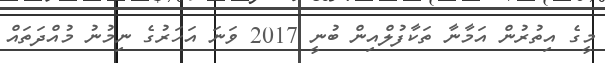
މީގެ އިތުރުން އަމާނާ ތަކާފުލްއިން ބުނީ 2017 ވަނަ އަހަރުގެ ނިމުނު މުއްދަތައް